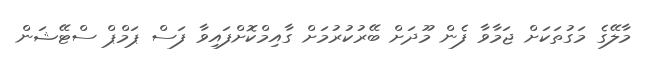
މާލޭގެ މަގުތަކަށް ޖަމާވާ ފެން މޫދަށް ބޭރުކުރުމަށް ގާއިމްކޮށްފައިވާ ފަސް ޕަމްޕް ސްޓޭޝަން